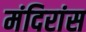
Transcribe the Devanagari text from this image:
मंदिरांस